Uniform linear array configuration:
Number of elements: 48
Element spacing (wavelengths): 0.5
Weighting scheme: uniform
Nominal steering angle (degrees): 15
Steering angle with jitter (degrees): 15.539
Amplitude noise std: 0.05
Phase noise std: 0.05

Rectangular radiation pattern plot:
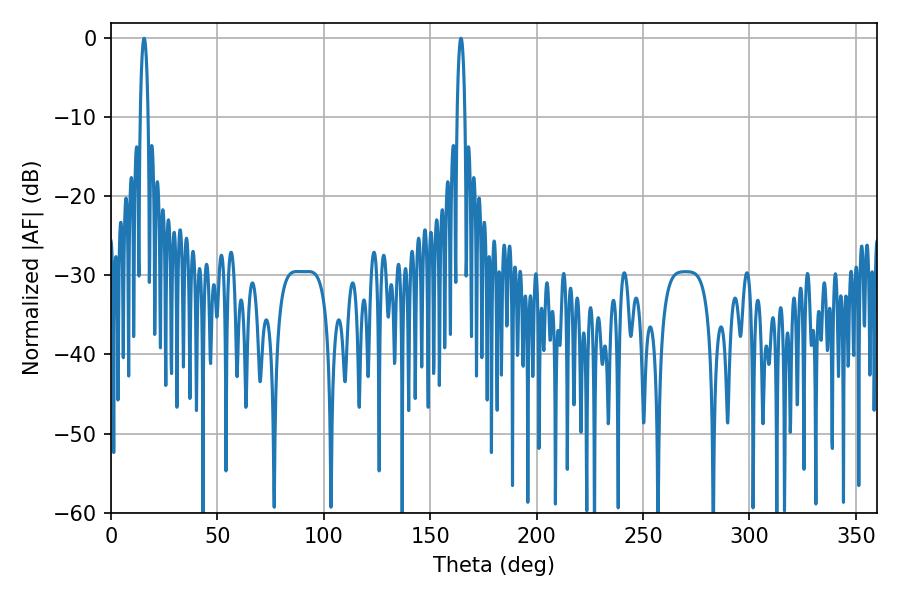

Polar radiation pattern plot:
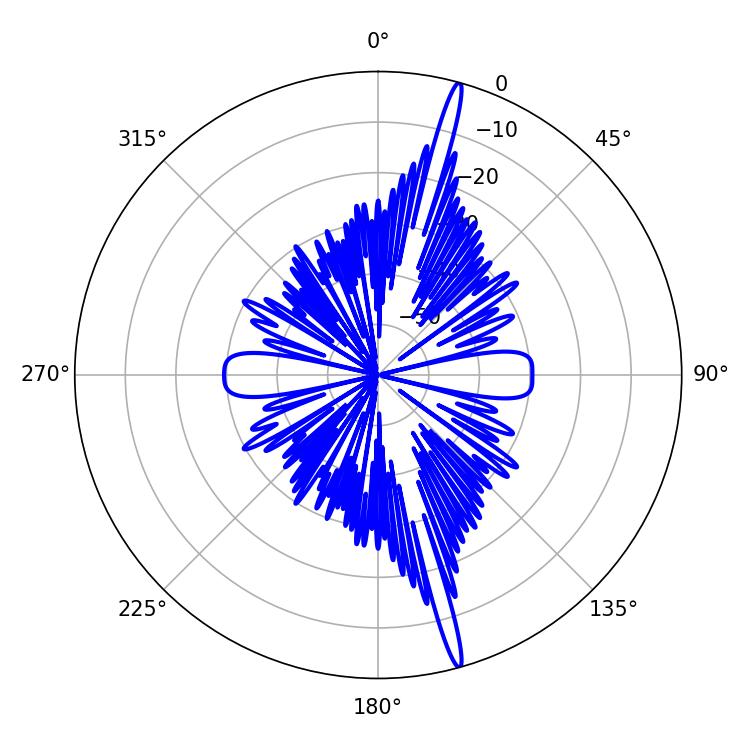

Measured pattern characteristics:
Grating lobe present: FALSE
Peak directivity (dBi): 19.335
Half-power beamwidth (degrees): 1.98
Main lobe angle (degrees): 15.48